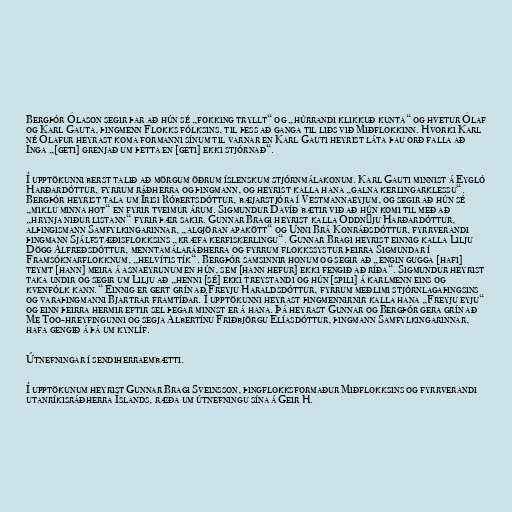
Bergþór Ólason segir þar að hún sé „fokking tryllt“ og „húrrandi klikkuð kunta“ og hvetur Ólaf
og Karl Gauta, þingmenn Flokks fólksins, til þess að ganga til liðs við Miðflokkinn. Hvorki Karl
né Ólafur heyrast koma formanni sínum til varnar en Karl Gauti heyrist láta þau orð falla að
Inga „[geti] grenjað um þetta en [geti] ekki stjórnað“.

Í upptökunni berst talið að mörgum öðrum íslenskum stjórnmálakonum. Karl Gauti minnist á Eygló
Harðardóttur, fyrrum ráðherra og þingmann, og heyrist kalla hana „galna kerlingarklessu“.
Bergþór heyrist tala um Írisi Róbertsdóttur, bæjarstjóra í Vestmannaeyjum, og segir að hún sé
„miklu minna hot“ en fyrir tveimur árum. Sigmundur Davíð bætir við að hún komi til með að
„hrynja niður listann“ fyrir þær sakir. Gunnar Bragi heyrist kalla Oddnýju Harðardóttur,
alþingismann Samfylkingarinnar, „algjöran apakött“ og Unni Brá Konráðsdóttur, fyrrverandi
þingmann Sjálfstæðisflokksins „kræfa kerfiskerlingu“. Gunnar Bragi heyrist einnig kalla Lilju
Dögg Alfreðsdóttur, menntamálaráðherra og fyrrum flokkssystur þeirra Sigmundar í
Framsóknarflokknum, „helvítis tík“. Bergþór samsinnir honum og segir að „engin gugga [hafi]
teymt [hann] meira á asnaeyrunum en hún, sem [hann hefur] ekki fengið að ríða“. Sigmundur heyrist
taka undir og segir um Lilju að „henni [sé] ekki treystandi og hún [spili] á karlmenn eins og
kvenfólk kann.“ Einnig er gert grín að Freyju Haraldsdóttur, fyrrum meðlimi stjórnlagaþingsins
og varaþingmanni Bjartrar framtíðar. Í upptökunni heyrast þingmennirnir kalla hana „Freyju eyju“
og einn þeirra hermir eftir sel þegar minnst er á hana. Þá heyrast Gunnar og Bergþór gera grín að
Me Too-hreyfingunni og segja Albertínu Friðbjörgu Elíasdóttur, þingmann Samfylkingarinnar,
hafa gengið á þá um kynlíf.

Útnefningar í sendiherraembætti.

Í upptökunum heyrist Gunnar Bragi Sveinsson, þingflokksformaður Miðflokksins og fyrrverandi
utanríkisráðherra Íslands, ræða um útnefningu sína á Geir H.